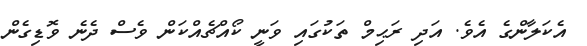
އެކަލާންގެ އެވެ. އަދި ރަޙިމް ތަކުގައި ވަނީ ކޯއްޗެއްކަން ވެސް ދެނެ ވޮޑިގެން